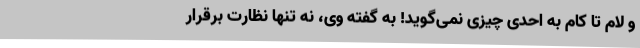
و لام تا کام به احدی چیزی نمی‌گوید! به گفته وی، نه تنها نظارت برقرار